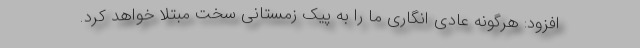
افزود: هرگونه عادی انگاری ما را به پیک زمستانی سخت مبتلا خواهد کرد.